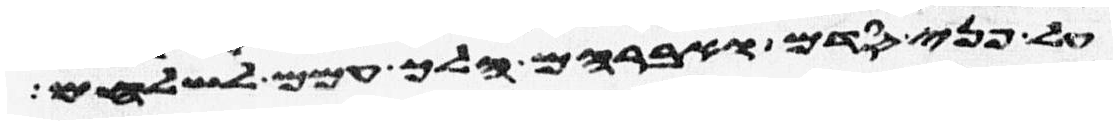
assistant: על פני סדם ואברהם הלך עמם לשלחם